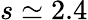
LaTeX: s\simeq 2.4